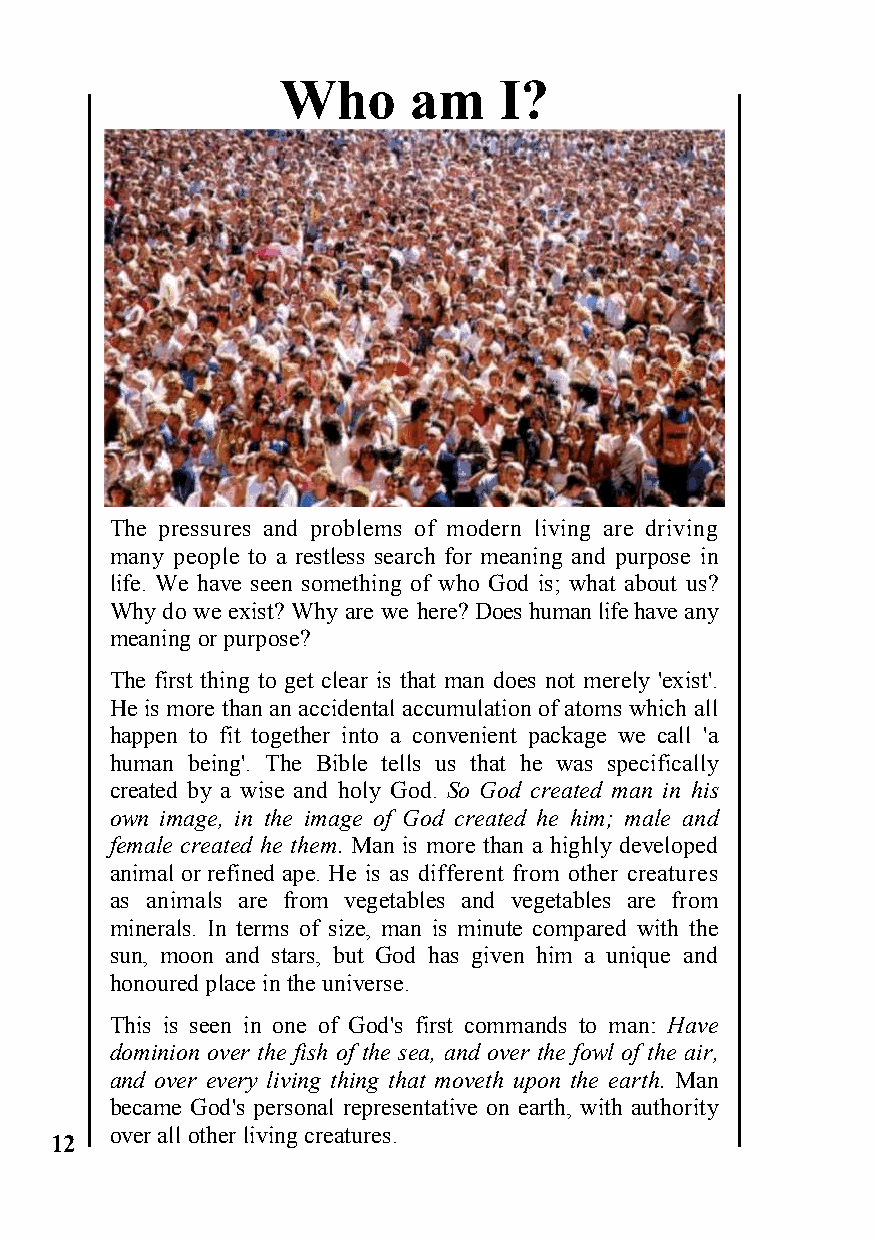
Who     am    I?
 The pressures and problems of modern living are driving
 many people to a restless search for meaning and purpose in
 life. We have seen something of who God is; what about us?
 Why do we exist? Why are we here? Does human life have any
 meaning or purpose?
 The first thing to get clear is that man does not merely 'exist'.
 He is more than an accidental accumulation of atoms which all
 happen to fit together into a convenient package we call 'a
 human being'. The Bible tells us that he was specifically
 created by a wise and holy God. So God created man in his
 own image, in the image of God created he him; male and
 female created he them. Man is more than a highly developed
 animal or refined ape. He is as different from other creatures
 as animals are from vegetables and vegetables are from
 minerals. In terms of size, man is minute compared with the
 sun, moon and stars, but God has given him a unique and
 honoured place in the universe.
 This is seen in one of God's first commands to man: Have
 dominion over the fish of the sea, and over the fowl of the air,
 and over every living thing that moveth upon the earth. Man
 became God's personal representative on earth, with authority
 over all other living creatures.
 12